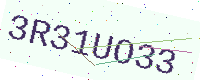
Text: 3R31UO33